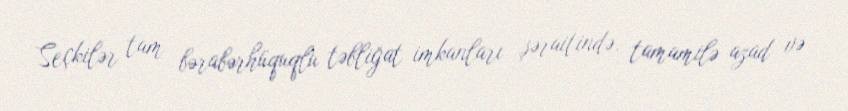
Seçkilər tam bərabərhüquqlu təbliğat imkanları şəraitində, tamamilə azad və